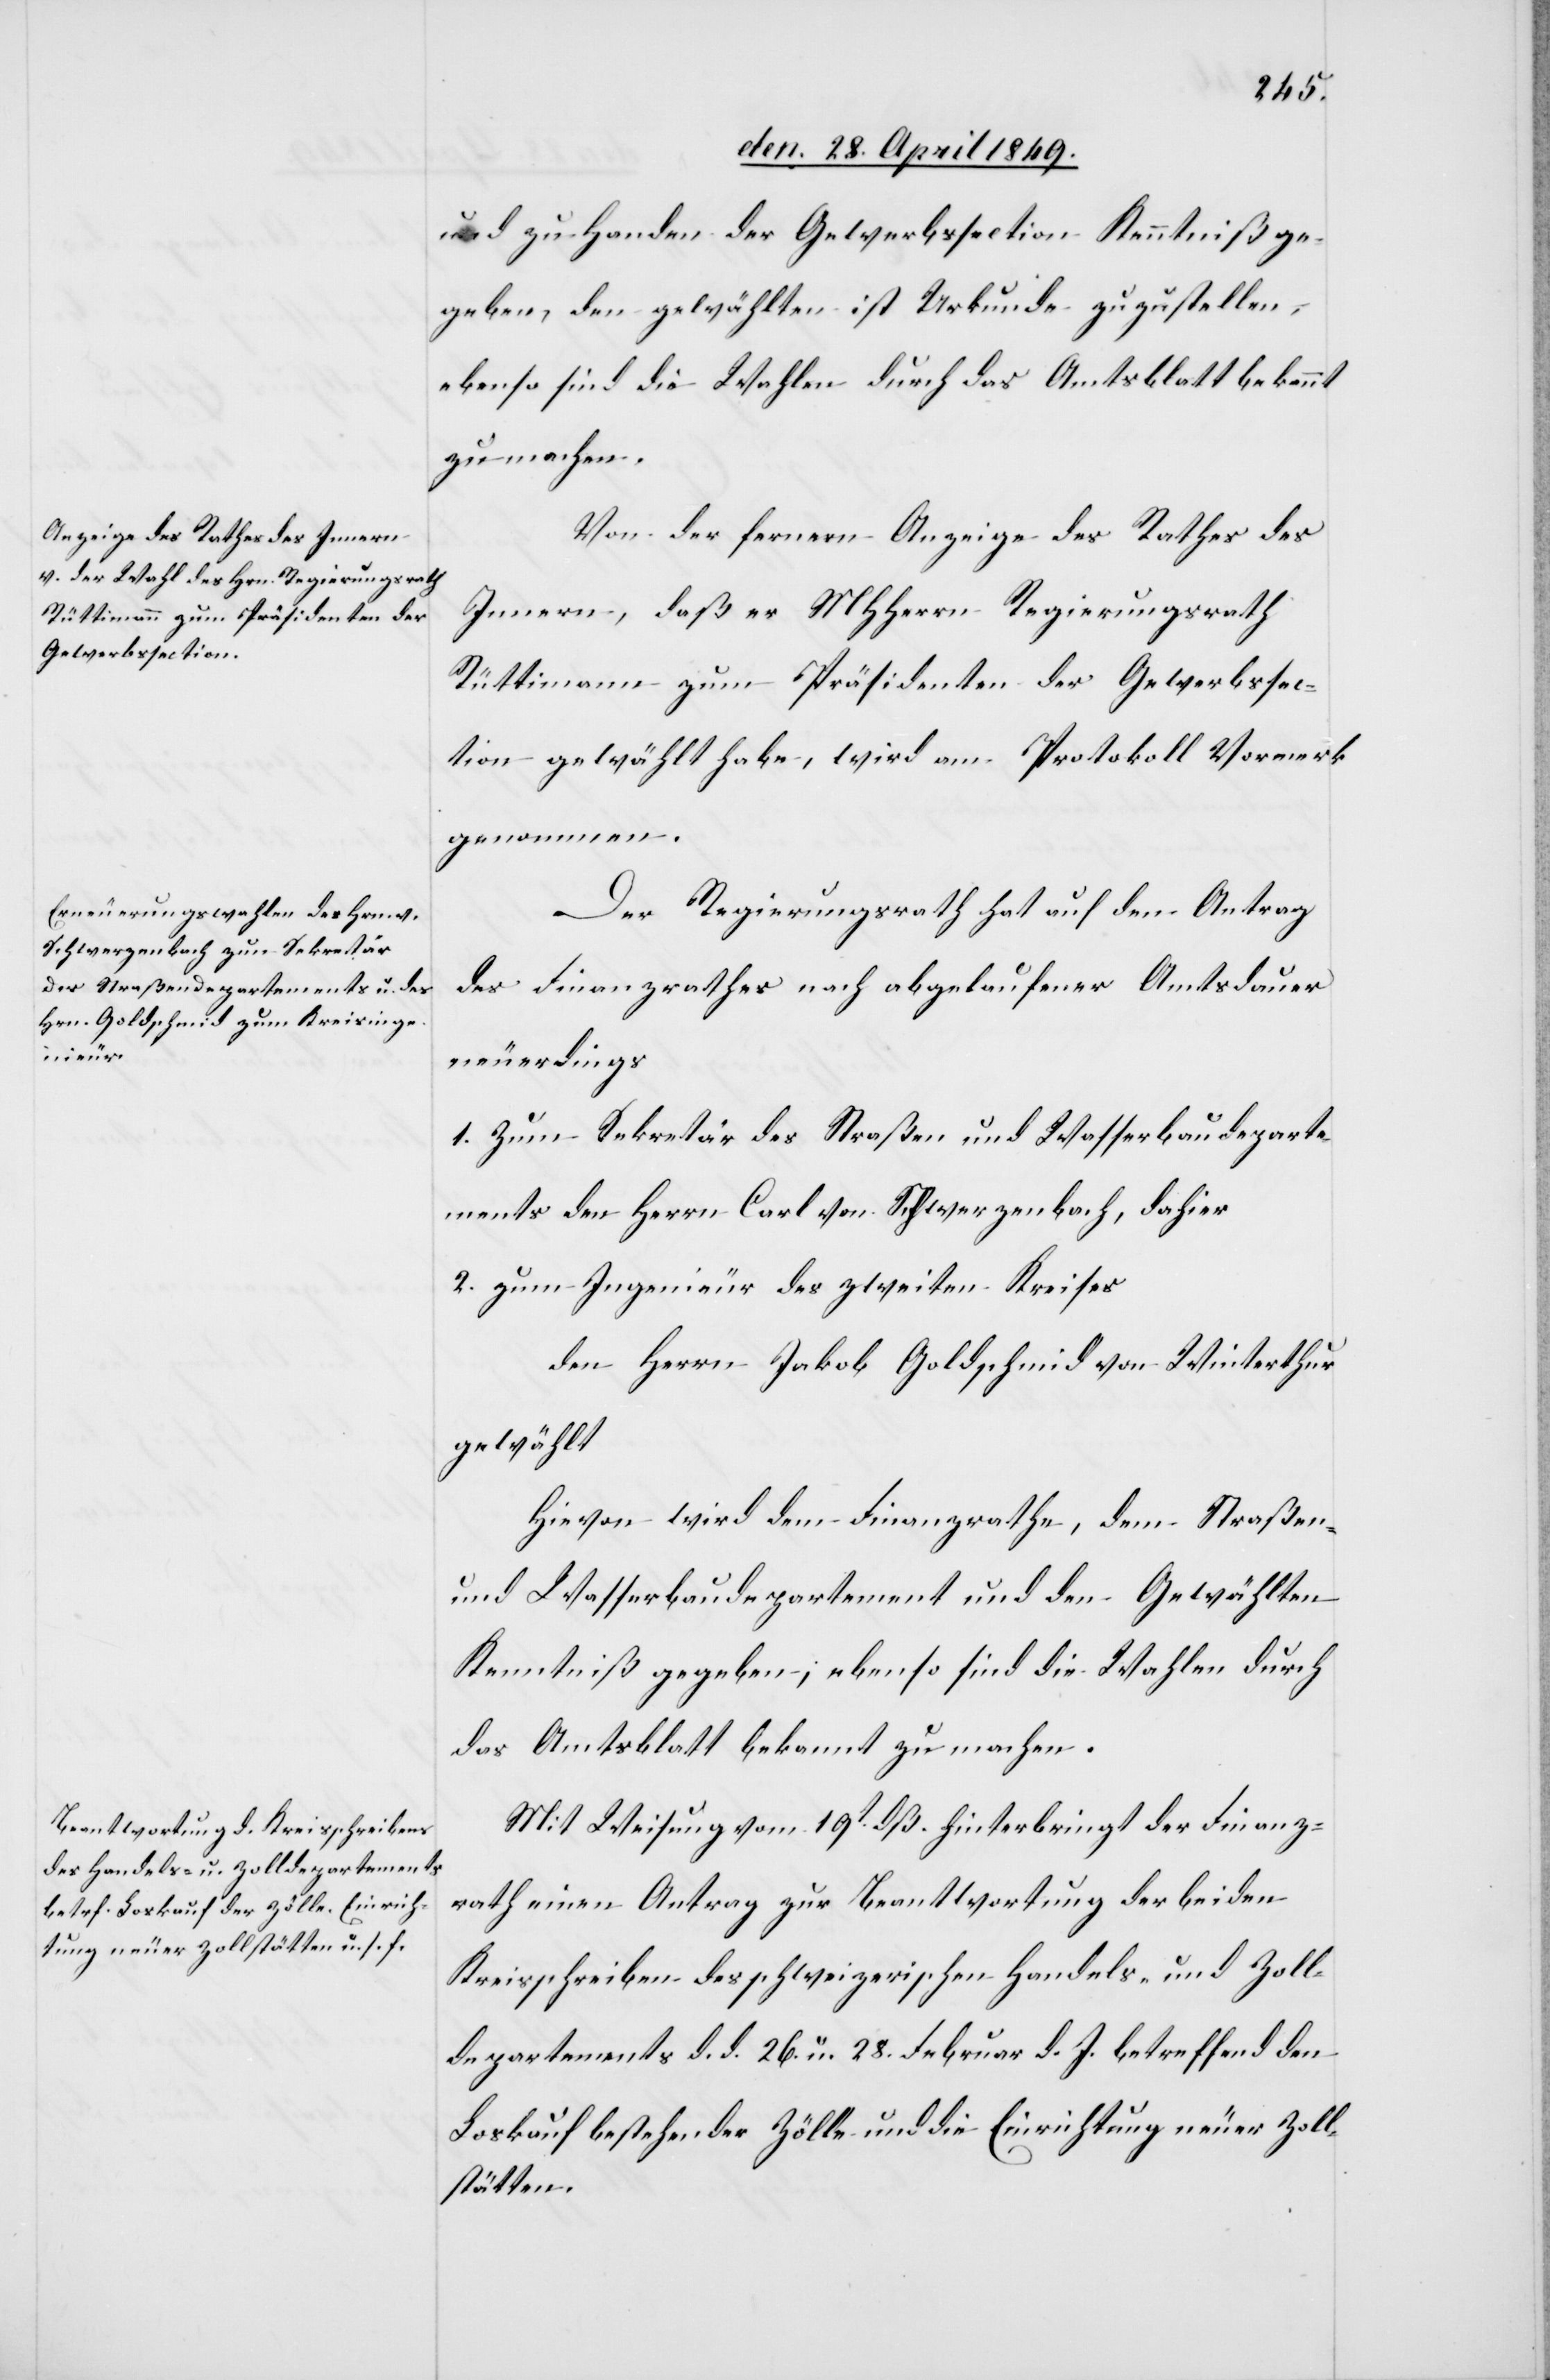
und zu Handen der Gewerbssection Kenntniß ge¬
geben, den gewählten ist Urkunde zuzustellen,
ebenso sind die Wahlen durch das Amtsblatt bekannt
zu machen.
Von der fernern Anzeige des Rathes des
Innern, daß er MHHerrn Regierungsrath
Rüttimann zum Präsidenten der Gewerbssec¬
tion gewählt habe, wird am Protokoll Vormerk
genommen.
Der Regierungsrath hat auf den Antrag
des Finanzrathes nach abgelaufener Amtsdauer
neuerdings
1. Zum Sekretär des Straßen und Wasserbaudeparte¬
ments den Herrn Carl von Schwerzenbach, dahier
2. zum Ingenieur des zweiten Kreises
den Herrn Jakob Goldschmid von Winterthur
gewählt
Hievon wird dem Finanzrathe, dem Straßen-
und Wasserbaudepartement und den Gewählten
Kenntniß gegeben, ebenso sind die Wahlen durch
das Amtsblatt bekannt zu machen.
Mit Weisung vom 19t dß. hinterbringt der Finanz¬
rath einen Antrag zur Beantwortung der beiden
Kreisschreiben des schweizerischen Handels- und Zoll¬
departements d. d. 26. u. 28. Februar d. J. betreffend den
Loskauf bestehender Zölle und die Einrichtung neuer Zoll¬
stätten.